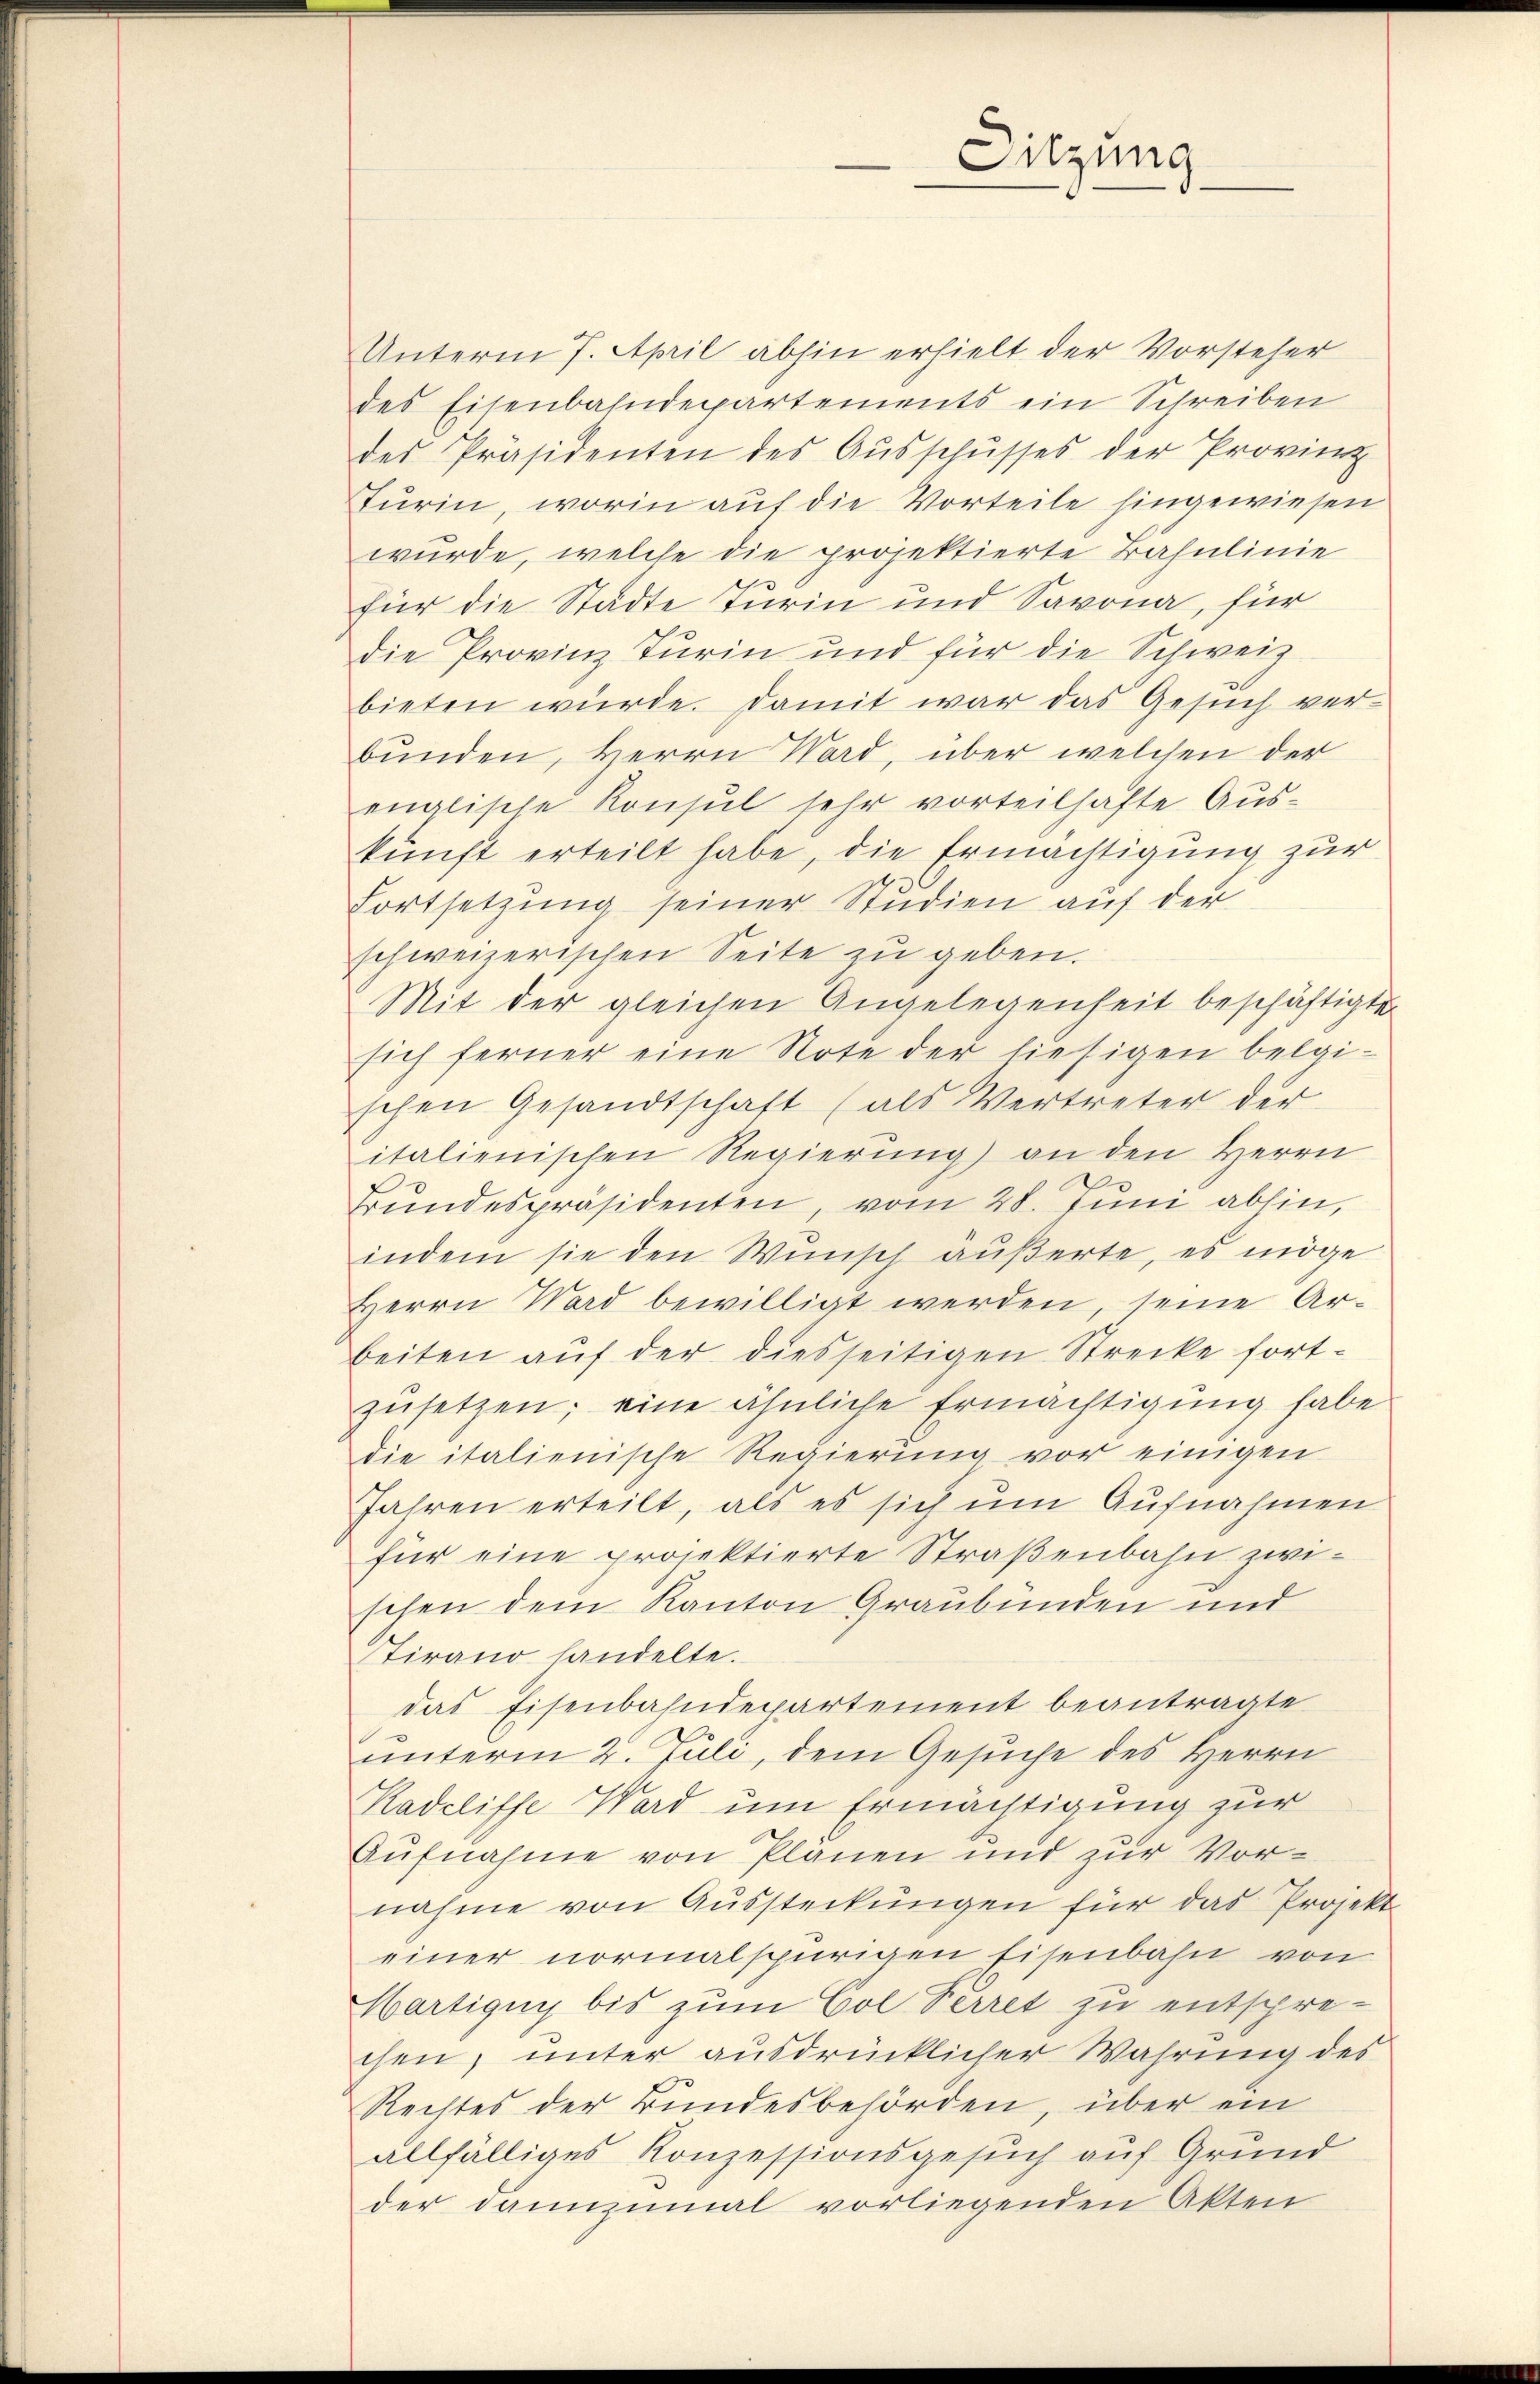
Sitzung

Unterm 7. April abhin erhielt der Vorsteher
des Eisenbahndepartements ein Schreiben
des Präsidenten des Ausschusses der Provinz
Turin, worin auf die Vorteile hingewiesen
wurde, welche die projektierte Bahnlinie
für die Städte Turin und Savona, für
die Provinz Turin und für die Schweiz
bieten würde. Damit war das Gesuch ver-
bunden, Herrn Ward, über welchen der
enalische Konsul sehr vorteilhafte Aus-
kunft erteilt habe, die Ermächtigung zur
Fortsetzung seiner Studien auf der
schweizerischen Seite zu geben.
Mit der gleichen Angelegenheit beschäftigte
sich ferner eine Note der hiesigen belgi-
schen Gesandtschaft (als Vertreter der
italienischen Regierung) an den Herrn
Bŭndespräsidenten, vom 28. Juni abhin,
indem sie den Wunsch äußerte, es möge
Herrn Ward bewilligt werden, seine Arbeiten auf der diesseitigen Strecke fort-
zŭsetzen; eine ähnliche Ermächtigung habe
die italienische Regierung vor einigen
Jahren erteilt, als es sich um Aufnahmen
für eine projektierte Straßenbahn zwischen dem Kanton Graubünden und
Stirano handelte.
das Eisenbahndepartement beantragte
unterm 2. Juli, dem Gesuche des Herrn
Kadelisse Ward um Ermächtigung zur
Aufnahme von Planen und zur Vornahme von Aussteckungen für das Projekt
einer normalspurigen Eisenbahn von
Martigny bis zum Col Perret zu entsprechen, unter ausdrücklicher Wahrung des
Rechtes der Bundesbehörden, über ein
allfälliges Konzessionsgesuch auf Grund
der dannzumal vorliegenden Akten